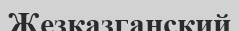
Жезказганский